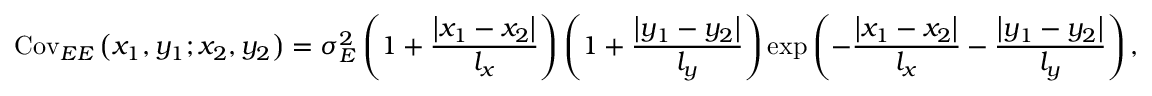
\mathrm { C o v } _ { E E } \left( x _ { 1 } , y _ { 1 } ; x _ { 2 } , y _ { 2 } \right) = \sigma _ { E } ^ { 2 } \left( { 1 + \frac { { \left| x _ { 1 } - x _ { 2 } \right| } } { l _ { x } } } \right) \left( { 1 + \frac { { \left| y _ { 1 } - y _ { 2 } \right| } } { l _ { y } } } \right) \exp \left( { - \frac { { \left| x _ { 1 } - x _ { 2 } \right| } } { l _ { x } } - \frac { { \left| y _ { 1 } - y _ { 2 } \right| } } { l _ { y } } } \right) ,